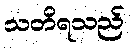
သတိရသည်